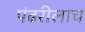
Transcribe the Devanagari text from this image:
पंढरीलाच